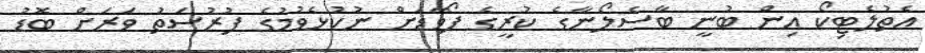
އެތުލެޓިކޯ އިން ބުނީ ބާސެލޯނާގެ ކުރީގެ ފޯވާޑަށް ނުކުޅެވުމުގެ ފުރުސަތު ވަރަށް ބޮޑު